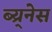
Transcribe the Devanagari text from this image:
ब्य्र्नेस